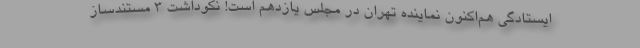
ایستادگی هم‌اکنون نماینده تهران در مجلس یازدهم است! نکوداشت ۳ مستندساز